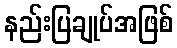
နည်းပြချုပ်အဖြစ်